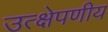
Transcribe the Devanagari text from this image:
उत्क्षेपणीय